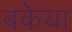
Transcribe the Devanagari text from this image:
बकेया